Calcutta medical institutions reports 1879-81 [i.e.91]
Year: 1879
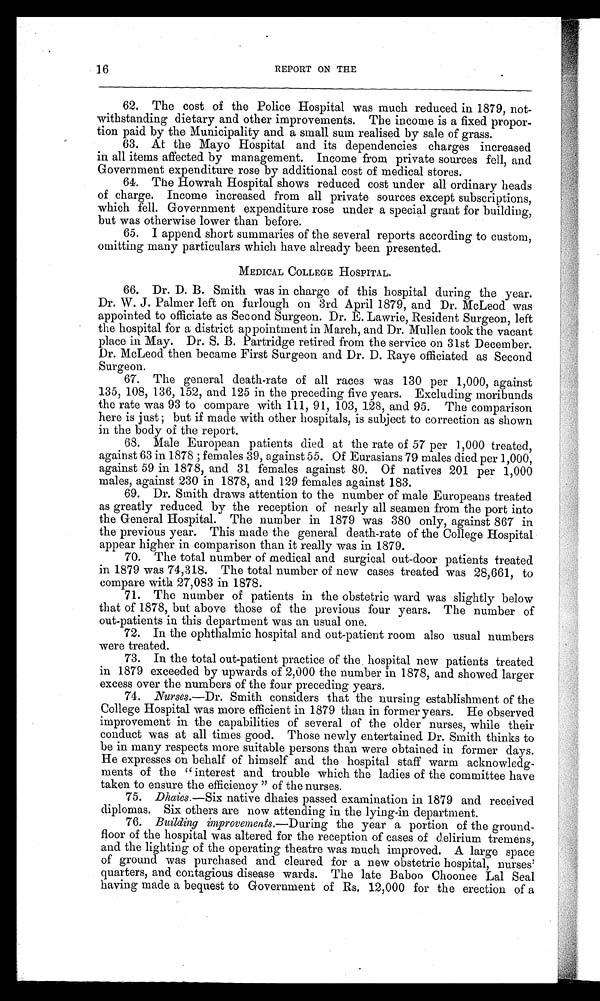
16
REPORT ON THE
62. The cost of the Police Hospital was much reduced in 1879, not
-
withstanding dietary and other improvements. The income is a fixed propor
-
tion paid by the Municipality and a small sum realised by sale of grass.
63. At the Mayo Hospital and its dependencies charges increased
in all items affected by management. Income from private sources fell, and
Government expenditure rose by additional cost of medical stores.
64. The Howrah Hospital shows reduced cost under all ordinary heads
of charge. Income increased from all private sources except subscriptions,
which fell. Government expenditure rose under a special grant for building,
but was otherwise lower than before.
65. I append short summaries of the several reports according to custom,
omitting many particulars which have already been presented.
MEDICAL COLLEGE HOSPITAL.
66.Dr. D. B. Smith was in charge of this hospital during the year.
Dr. W. J. Palmer left on furlough on 3rd April 1879, and Dr. McLeod was
appointed to officiate as Second Surgeon. Dr. E. Lawrie, Resident Surgeon, left
the hospital for a district appointment in March, and Dr. Mullen took the vacant
place in May. Dr. S. B. Partridge retired from the service on 31st December.
Dr. McLeod then became First Surgeon and Dr. D. Raye officiated as Second
Surgeon.
67. The general death-rate of all races was 130 per 1,000, against
135, 108, 136, 152, and 125 in the preceding five years. Excluding moribunds
the rate was 93 to compare with 111, 91, 103, 128, and 95. The comparison
here is just; but if made with other hospitals, is subject to correction as shown
in the body of the report.
68. Male European patients died at the rate of 57 per 1,000 treated,
against 63 in 1878; females 39, against 55. Of Eurasians 79 males died per 1,000,
against 59 in 1878, and 31 females against 80. Of natives 201 per 1,000
males, against 230 in 1878, and 129 females against 183.
69. Dr. Smith draws attention to the number of male Europeans treated
as greatly reduced by the reception of nearly all seamen from the port into
the General Hospital. The number in 1879 was 380 only, against 867 in
the previous year. This made the general death-rate of the College Hospital
appear higher in comparison than it really was in 1879.
70. The total number of medical and surgical out-door patients treated
in 1879 was 74,318. The total number of new cases treated was 28,661, to
compare with 27,083 in 1878.
71. The number of patients in the obstetric ward was slightly below
that of 1878, but above those of the previous four years. The number of
out-patients in this department was an usual one.
72. In the ophthalmic hospital and out-patient room also usual numbers
were treated.
73. In the total out-patient practice of the hospital new patients treated
in 1879 exceeded by upwards of 2,000 the number in 1878, and showed larger
excess over the numbers of the four preceding years.
74. Nurses.—Dr. Smith considers that the nursing establishment of the
College Hospital was more efficient in 1879 than in former years. He observed
improvement in the capabilities of several of the older nurses, while their
conduct was at all times good. Those newly entertained Dr. Smith thinks to
be in many respects more suitable persons than were obtained in former days.
He expresses on behalf of himself and the hospital staff warm acknowled
g -
ments of the "interest and trouble which the ladies of the committee have
taken to ensure the efficiency" of the nurses.
7 5 .
D h a i e s
. — S i x
n a t i v e d h a i e s p a s s e d e x a m i n a t i o n i n 1 8 7 9 a n d r e c e i v e d
diplomas. Six others are now attending in the lying-in department.
76. Building improvements .—During the year a portion of the ground
-
floor of the hospital was altered for the reception of cases of delirium tremens,
and the lighting of the operating theatre was much improved. A large space
of ground was purchased and cleared for a new obstetric hospital, nurses'
quarters, and contagious disease wards. The late Baboo Choonee Lal Seal
having made a bequest to Government of Rs. 12,000 for the erection of a